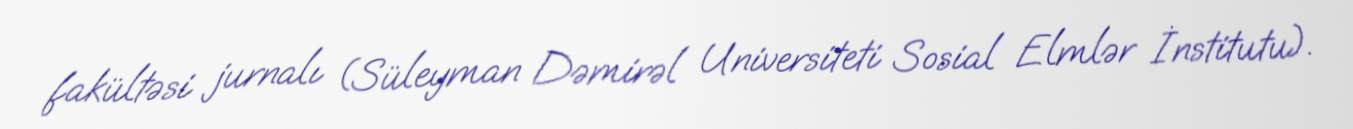
fakültəsi jurnalı (Süleyman Dəmirəl Universiteti Sosial Elmlər İnstitutu).